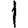
Digit: 1